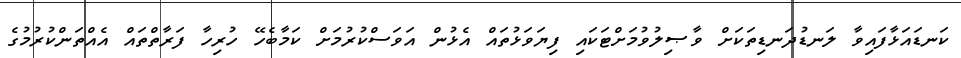
ކަނޑައަޅާފައިވާ ލަނޑުދަނޑިތަކަށް ވާޞިލުވުމަށްޓަކައި ފިޔަވަޅުތައް އެޅުން އަވަސްކުރުމަށް ކަމާބެހޭ ހުރިހާ ފަރާތްތައް އެއްތަންކުރުމުގެ